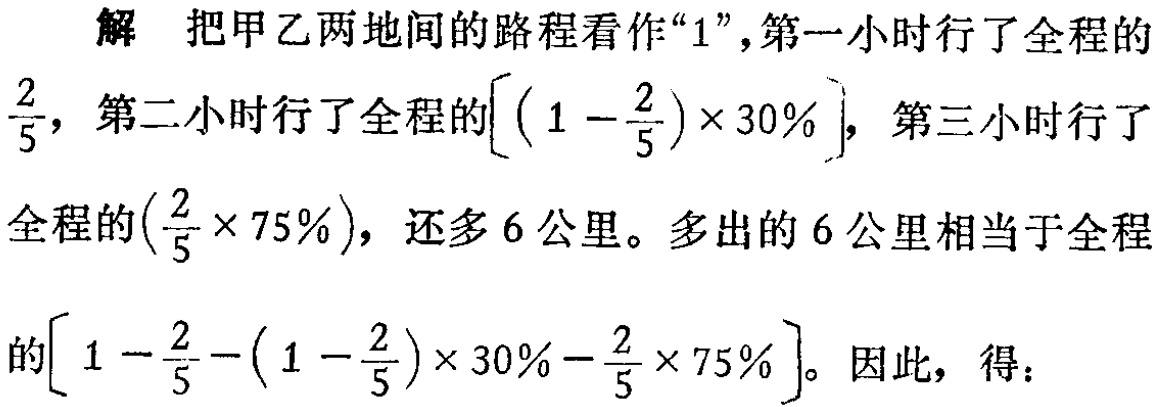
解 把甲乙两地间的路程看作“1”,第一小时行了全程的

$\frac{2}{5}$，第二小时行了全程的$\left[\left(1 - \frac{2}{5}\right)\times 30\%\right]$，第三小时行了

全程的$\left(\frac{2}{5}\times 75\%\right)$，还多6公里。多出的6公里相当于全程

的$\left[1 - \frac{2}{5}-\left(1 - \frac{2}{5}\right)\times 30\%-\frac{2}{5}\times 75\%\right]$。因此，得：